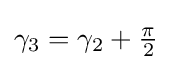
\gamma _{3}=\gamma _{2}+{\tfrac {\pi }{2}}